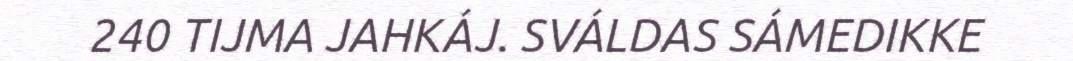
240 TIJMA JAHKÁJ. SVÁLDAS SÁMEDIKKE